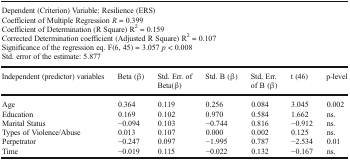
| <COLSPAN=7> Dependent (Criterion) Variable: Resilience (ERS)Coefficient of Multiple Regression R = 0.399Coefficient of Determination (R Square) R2 = 0.159Corrected Determination coefficient (Adjusted R Square) R2 = 0.107Significance of the regression eq. F(6, 45) = 3.057 p < 0.008Std. error of the estimate: 5.877 |
 | Independent (predictor) variables | Beta (β) | Std. Err. of Beta(β) | Std. B (β) | Std. Err. of B (β) | t (46) | p-level |
 | --- | --- | --- | --- | --- | --- | --- |
 | Age | 0.364 | 0.119 | 0.256 | 0.084 | 3.045 | 0.002 |
 | Education | 0.169 | 0.102 | 0.970 | 0.584 | 1.662 | ns. |
 | Marital Status | −0.094 | 0.103 | −0.744 | 0.816 | −0.912 | ns. |
 | Types of Violence/Abuse | 0.013 | 0.107 | 0.000 | 0.002 | 0.125 | ns. |
 | Perpetrator | −0.247 | 0.097 | −1.995 | 0.787 | −2.534 | 0.01 |
 | Time | −0.019 | 0.115 | −0.022 | 0.132 | −0.167 | ns. |